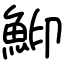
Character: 鮣